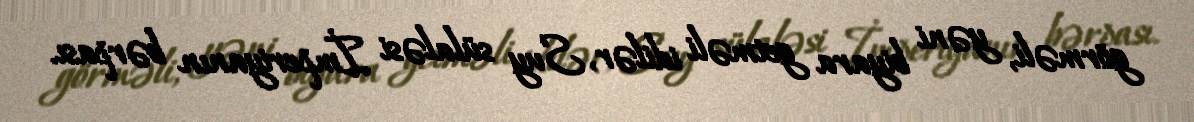
görməli, yəni biyara getməli idilər, Suy sülaləsi İmperiyanın bərpası.